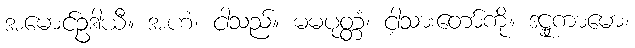
အမောင်ဥဒါယီ။ အဟံ၊ ငါသည်။ မမပုတ္တံ၊ ငါ့သားတော်ကို။ ဒဋ္ဌုကာမော၊